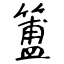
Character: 簠